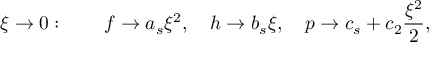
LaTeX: \xi \rightarrow 0 : \qquad f \rightarrow a _ { s } \xi ^ { 2 } , \quad h \rightarrow b _ { s } \xi , \quad p \rightarrow c _ { s } + c _ { 2 } \frac { \xi ^ { 2 } } { 2 } ,